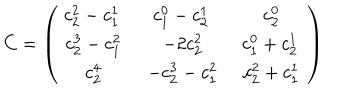
LaTeX: C = \left( \begin{array} { c c c } { { \begin{array} { c } { { c _ { 2 } ^ { 2 } - c _ { 1 } ^ { 1 } } } \\ \end{array} \, } } & { { \begin{array} { c } { { c _ { 1 } ^ { 0 } - c _ { 2 } ^ { 1 } } } \\ \end{array} \, } } & { { \begin{array} { c } { { c _ { 2 } ^ { 0 } } } \\ \end{array} } } \\ { { \begin{array} { c } { { c _ { 2 } ^ { 3 } - c _ { 1 } ^ { 2 } } } \\ \end{array} } } & { { \begin{array} { c } { { - 2 c _ { 2 } ^ { 2 } } } \\ \end{array} } } & { { \begin{array} { c } { { c _ { 1 } ^ { 0 } + c _ { 2 } ^ { 1 } } } \\ \end{array} \, } } \\ { { \begin{array} { c } { { c _ { 2 } ^ { 4 } } } \\ \end{array} } } & { { \begin{array} { c } { { - c _ { 2 } ^ { 3 } - c _ { 1 } ^ { 2 } } } \\ \end{array} } } & { { \begin{array} { c } { { c _ { 2 } ^ { 2 } + c _ { 1 } ^ { 1 } } } \\ \end{array} } } \\ \end{array} \right)